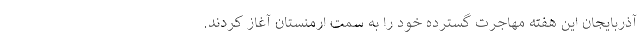
آذربایجان این هفته مهاجرت گسترده خود را به سمت ارمنستان آغاز کردند.